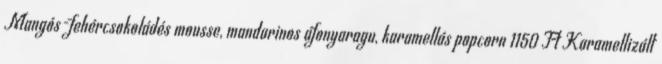
Mangós-fehércsokoládés mousse, mandarinos áfonyaragu, karamellás popcorn 1150 Ft Karamellizált